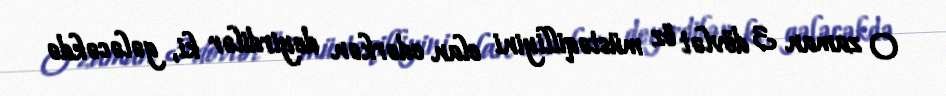
O zaman 3 dövlət öz müstəqilliyini elan edərkən deyirdilər ki, gələcəkdə